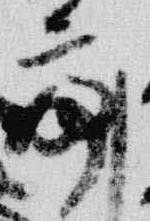
亭